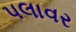
પલાવર